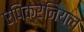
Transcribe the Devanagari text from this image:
एपिक्रेनियल